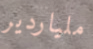
ملياردير